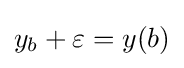
y_{b}+\varepsilon =y(b)